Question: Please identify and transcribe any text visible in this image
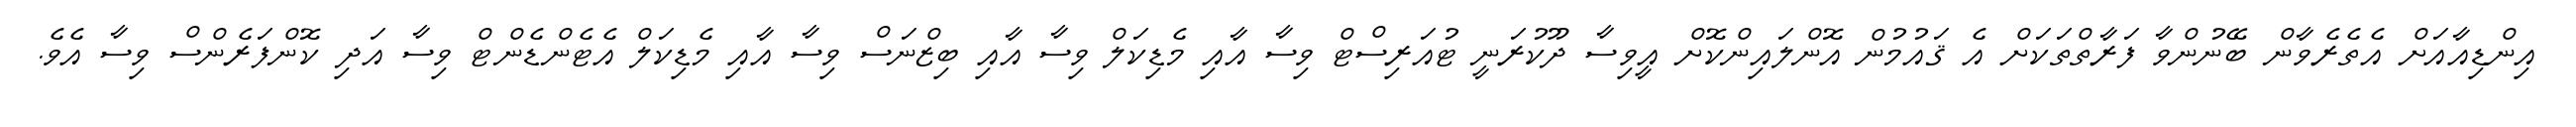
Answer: އިންޑިއާއަށް އެތެރެވާން ބޭނުންވާ ފަރާތްތަކަށް އެ ޤައުމުން އޮންލައިންކޮށް އީވިސާ ދޫކުރަނީ ޓުއަރިސްޓް ވިސާ އާއި މެޑިކަލް ވިސާ އާއި ބިޒްނަސް ވިސާ އާއި މެޑިކަލް އެޓެންޑެންޓް ވިސާ އަދި ކޮންފަރެންސް ވިސާ އެވެ.